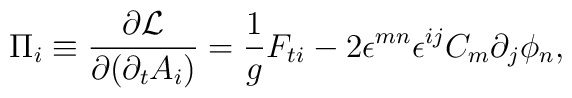
\Pi_i \equiv {\partial {\cal L}\over \partial{(\partial_t A_i)}}= {1\over g}F_{t i} - 2  \epsilon^{m n}\epsilon^{i j}        C_m \partial_j \phi_n,